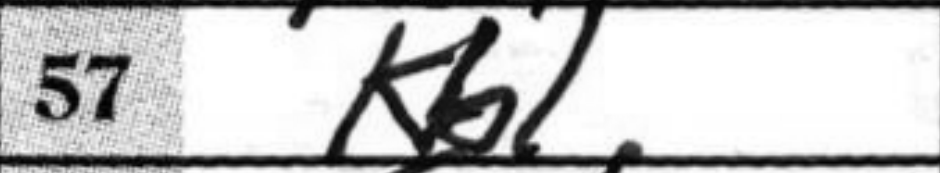
Transcription: Kb1